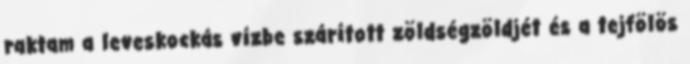
raktam a leveskockás vízbe szárított zöldségzöldjét és a tejfölös